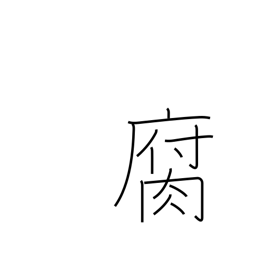
Meaning: decay